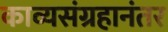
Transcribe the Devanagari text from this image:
काव्यसंग्रहानंतर